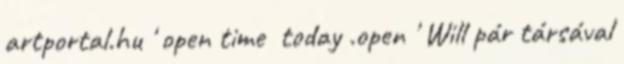
artportal.hu ' open time today .open ' Will pár társával